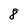
Character: 8